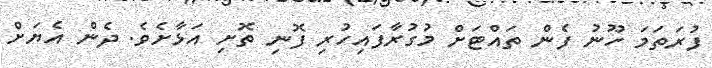
ފުރަތަމަ ހޫނު ފެން ތައްޓަށް މުގުރާފައިހުރި ފޮނި ތޮށި އަޅާށެވެ. ދެން އެޔަށް